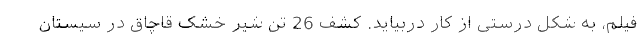
فیلم، به شکل درستی از کار دربیاید. کشف 26 تن شیر خشک قاچاق در سیستان